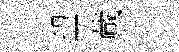
望蕆